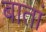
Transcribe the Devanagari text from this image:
बातां